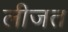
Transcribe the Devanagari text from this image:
लीजत